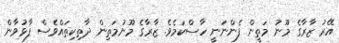
އޭރު ޒާރާގެ މޫނު މަތީން ފެންނަނީ ހާސްކަމެވެ. ޒާރާގެ މޫނުމަތިން ދާތިކިތައްވެސް ފާޅުވާން